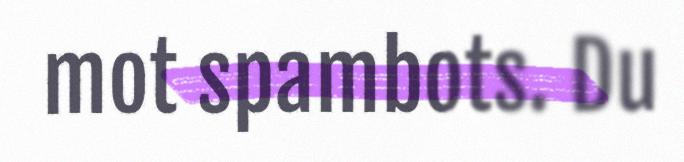
mot spambots. Du